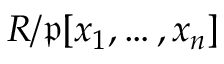
R / { \mathfrak { p } } [ x _ { 1 } , \dots , x _ { n } ]